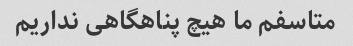
متاسفم ما هیچ پناهگاهی نداریم